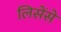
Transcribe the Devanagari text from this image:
लिसेंसे